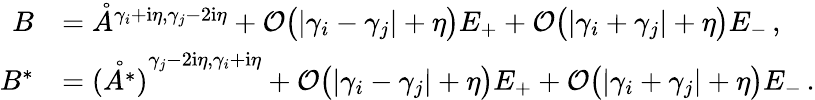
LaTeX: \begin{array}{rl}{B}&{=\mathring{A}^{{\gamma_{i}+\mathrm{i}\eta,\gamma_{j}-2\mathrm{i}\eta}}+\mathcal{O}\big(|\gamma_{i}-\gamma_{j}|+\eta\big)E_{+}+\mathcal{O}\big(|\gamma_{i}+\gamma_{j}|+\eta\big)E_{-}\, ,}\\ {B^{*}}&{=\mathring{(A^{*})}^{{\gamma_{j}-2\mathrm{i}\eta,\gamma_{i}+\mathrm{i}\eta}}+\mathcal{O}\big(|\gamma_{i}-\gamma_{j}|+\eta\big)E_{+}+\mathcal{O}\big(|\gamma_{i}+\gamma_{j}|+\eta\big)E_{-}\, .}\end{array}